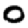
Digit: 0